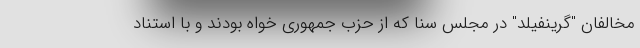
مخالفان "گرینفیلد" در مجلس سنا که از حزب جمهوری خواه بودند و با استناد